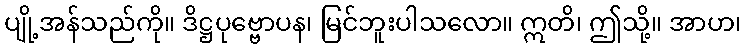
ပျို့အန်သည်ကို။ ဒိဋ္ဌပုဗ္ဗောပန၊ မြင်ဘူးပါသလော။ ဣတိ၊ ဤသို့။ အာဟ၊